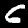
Digit: 6